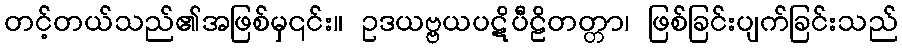
တင့်တယ်သည်၏အဖြစ်မှ၎င်း။ ဥဒယဗ္ဗယပဋိပီဠိတတ္တာ၊ ဖြစ်ခြင်းပျက်ခြင်းသည်